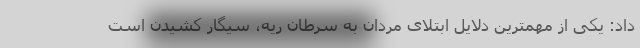
داد: یکی از مهمترین دلایل ابتلای مردان به سرطان ریه، سیگار کشیدن است